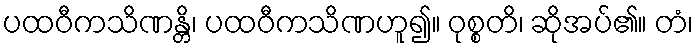
ပထဝီကသိဏန္တိ၊ ပထဝီကသိဏဟူ၍။ ဝုစ္စတိ၊ ဆိုအပ်၏။ တံ၊